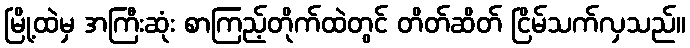
မြို့ထဲမှ အကြီးဆုံး စာကြည့်တိုက်ထဲတွင် တိတ်ဆိတ် ငြိမ်သက်လှသည်။